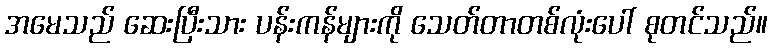
အမေသည် ဆေးပြီးသား ပန်းကန်များကို သေတ်တာတစ်လုံးပေါ် စုတင်သည်။